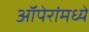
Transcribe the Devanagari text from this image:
ऑपेरांमध्ये